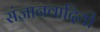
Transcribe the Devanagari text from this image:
संज्ञानवादियों